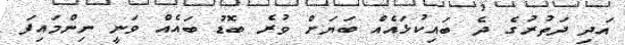
އަދި ދަތުރުގެ ދެ ބައިކުޅައެއް ބަޔަށް ވުރެ ބޮޑު ބައެއް ވަނީ ނިންމައިފަ